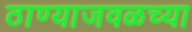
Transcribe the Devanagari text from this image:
ठाण्याजवळच्या